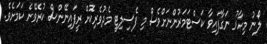
ލޯނު މިހާރު ނަގާފައިވާ ކަސްޓަމަރުންނަށްވެސް މި ފެސިލިޓީ މެދުވެރިކޮށް ރީފައިނޭންސް ކުރެވޭނެ ކަމަށެވެ.